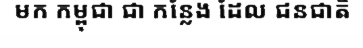
មក កម្ពុជា ជា កន្លែង ដែល ជនជាតិ